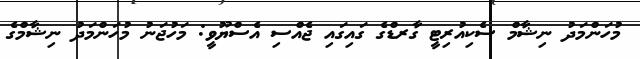
މުހަންމަދު ނިޝާމް ސެކިއުރިޓީ ގާރޑްގެ ގައިގައި ޖެއްސި އެސްޔޫވީ: މަހުޖަނު މުހަންމަދު ނިޝާމްގެ